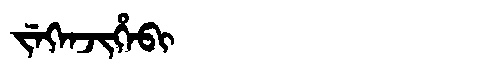
Manchu: ᠵᡝᡴᡝᠨᠵᡳᡥᡝᠪᡳ
Romanization: JEKENJIHEBI